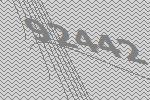
92442